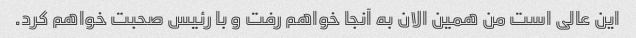
این عالی است من همین الان به آنجا خواهم رفت و با رئیس صحبت خواهم کرد.